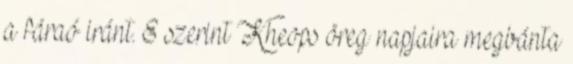
a fáraó iránt. E szerint Kheops öreg napjaira megbánta